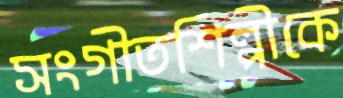
সংগীতশিল্পীকে